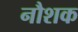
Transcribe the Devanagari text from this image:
नौशक